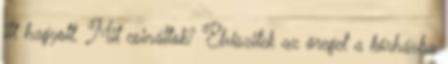
itt hagyott. Mit csináltok? Elviszitek az öreget a kórházba